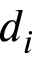
d _ { i }